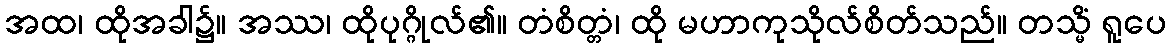
အထ၊ ထိုအခါ၌။ အဿ၊ ထိုပုဂ္ဂိုလ်၏။ တံစိတ္တံ၊ ထို မဟာကုသိုလ်စိတ်သည်။ တသ္မိံ ရူပေ